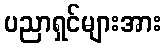
ပညာရှင်များအား